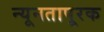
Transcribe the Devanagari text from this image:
न्यूनतापूरक